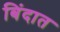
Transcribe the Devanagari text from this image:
बिंदात